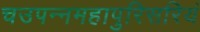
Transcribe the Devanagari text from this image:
चउपन्नमहापुरिसरियं